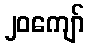
၂၀ကျော်